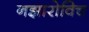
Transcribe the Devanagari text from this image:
नझारोविच